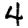
Digit: 4